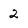
Character: 2